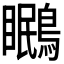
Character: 𭿱